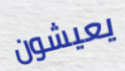
يعيشون